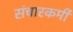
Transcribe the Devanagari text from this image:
संचारकर्मी